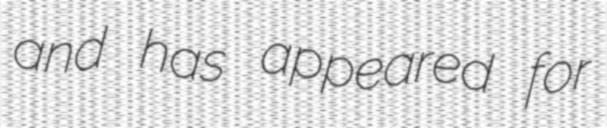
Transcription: and has appeared for